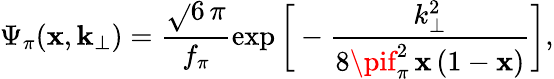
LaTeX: \Psi_{\pi}(\mathbf{x},{\mathbf{k}}_{\perp})=\frac{{\sqrt{}{{6}}\, \pi}}{{f_{\pi}}}\exp\bigg[-\frac{{k_{\perp}^{2}}}{{8\pif_{\pi}^{2}\, \mathbf{x}\, (1-\mathbf{x})}}\bigg],